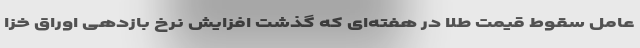
عامل سقوط قیمت طلا در هفته‌ای که گذشت افزایش نرخ بازدهی اوراق خزا